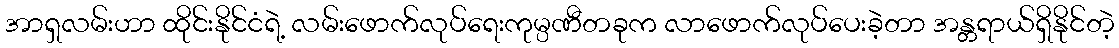
အာရှလမ်းဟာ ထိုင်းနိုင်ငံရဲ့ လမ်းဖောက်လုပ်ရေးကုမ္ပဏီတခုက လာဖောက်လုပ်ပေးခဲ့တာ အန္တရာယ်ရှိနိုင်တဲ့